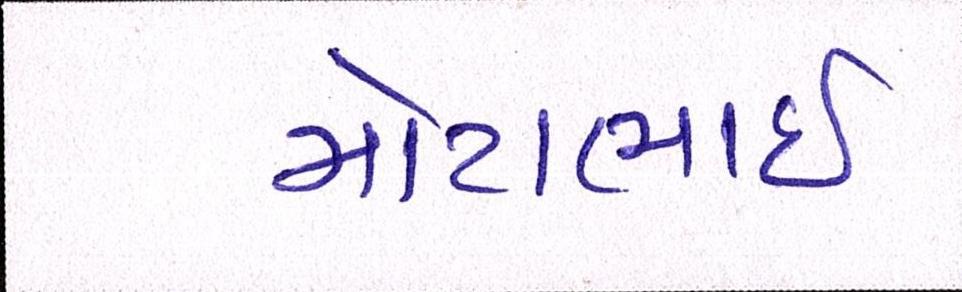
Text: મોટાભાઈ